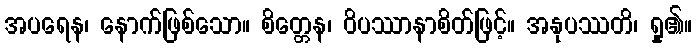
အပရေန၊ နောက်ဖြစ်သော။ စိတ္တေန၊ ဝိပဿာနာစိတ်ဖြင့်။ အနုပဿတိ၊ ရှု၏။